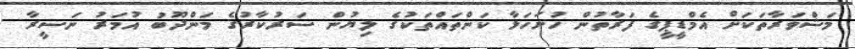
މަޝްވަރާތަކަށް އެމްޑީޕީގެ ފަރާތުން ހުށަހަޅާ ކަންތައްތަކުގެ ލިޔުން ސަރުކާރުގެ މަންދޫބު އުމަރު ނަސީރާ